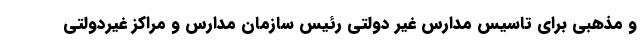
و مذهبی برای تاسیس مدارس غیر دولتی رئیس سازمان مدارس و مراکز غیردولتی